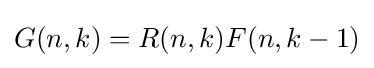
G(n,k)=R(n,k)F(n,k-1)